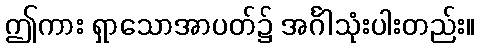
ဤကား ရှာသောအာပတ်၌ အင်္ဂါသုံးပါးတည်း။